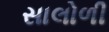
સાલોળી